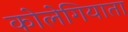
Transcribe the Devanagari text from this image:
कोलेगियाता